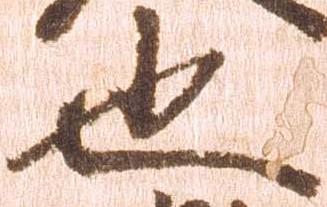
也